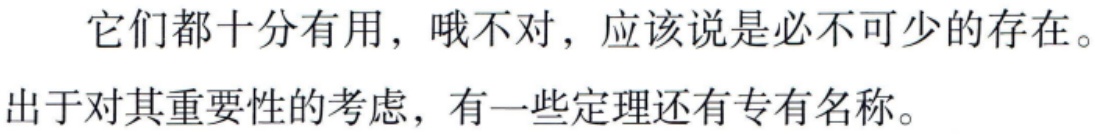
它们都十分有用，哦不对，应该说是必不可少的存在。

出于对其重要性的考虑，有一些定理还有专有名称。